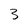
Character: 3